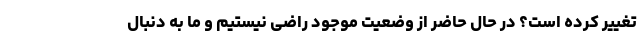
تغییر کرده است؟ در حال حاضر از وضعیت موجود راضی نیستیم و ما به دنبال